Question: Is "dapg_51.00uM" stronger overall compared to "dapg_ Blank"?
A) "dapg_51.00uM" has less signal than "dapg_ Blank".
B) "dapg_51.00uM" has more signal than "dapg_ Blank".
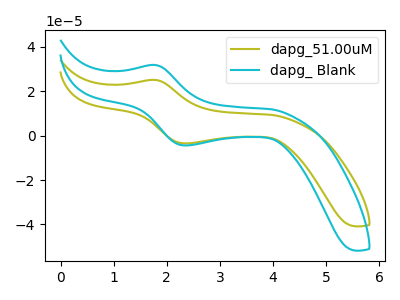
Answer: <think>The olive curve "dapg_51.00uM" has an anodic peak at (1.80V, 25.10uA) and a cathodic peak at (2.35V, -3.50uA). The cyan curve "dapg_ Blank" has an anodic peak at (1.80V, 31.80uA) and a cathodic peak at (2.35V, -4.40uA).
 All the peaks in "dapg_51.00uM" have a peak in "dapg_ Blank" at the same potential. Every peak in "dapg_51.00uM" is lower than every peak in "dapg_ Blank".</think>
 <answer>A) "dapg_51.00uM" has less signal than "dapg_ Blank".</answer>
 <eval>A</eval>